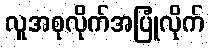
လူအစုလိုက်အပြုံလိုက်